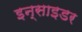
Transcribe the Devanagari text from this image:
इन्साइडर